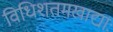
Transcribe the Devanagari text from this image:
विधिशतमखाद्याः